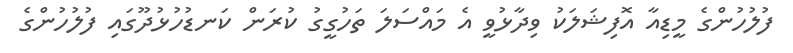
ފުލުހުންގެ މީޑިއާ އޮފިޝަލަކު ވިދާޅުވީ އެ މައްސަލަ ތަހުގީގު ކުރަން ކަނޑުހުޅުދޫގައި ފުލުހުންގެ